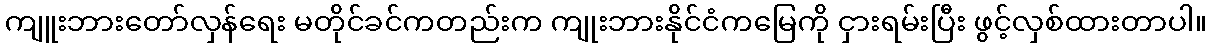
ကျူးဘားတော်လှန်ရေး မတိုင်ခင်ကတည်းက ကျုးဘားနိုင်ငံကမြေကို ငှားရမ်းပြီး ဖွင့်လှစ်ထားတာပါ။